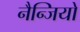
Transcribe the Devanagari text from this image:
नैन्जियो